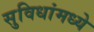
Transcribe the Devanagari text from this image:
सुविधांमध्ये